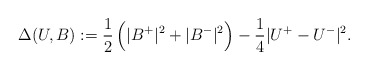
\begin{align*}\Delta(U,B):= \frac12 \, \Big( |B^+| ^2+ |B^-|^2 \Big) -\frac14|U^+-U^-|^2.\end{align*}